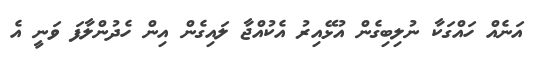
އަނެއް ހައްގަކާ ނުލިބިގެން އުޅޭއިރު އެކުއްޖާ ލައިގެން އިން ހެދުންލާފަ ވަނީ އެ